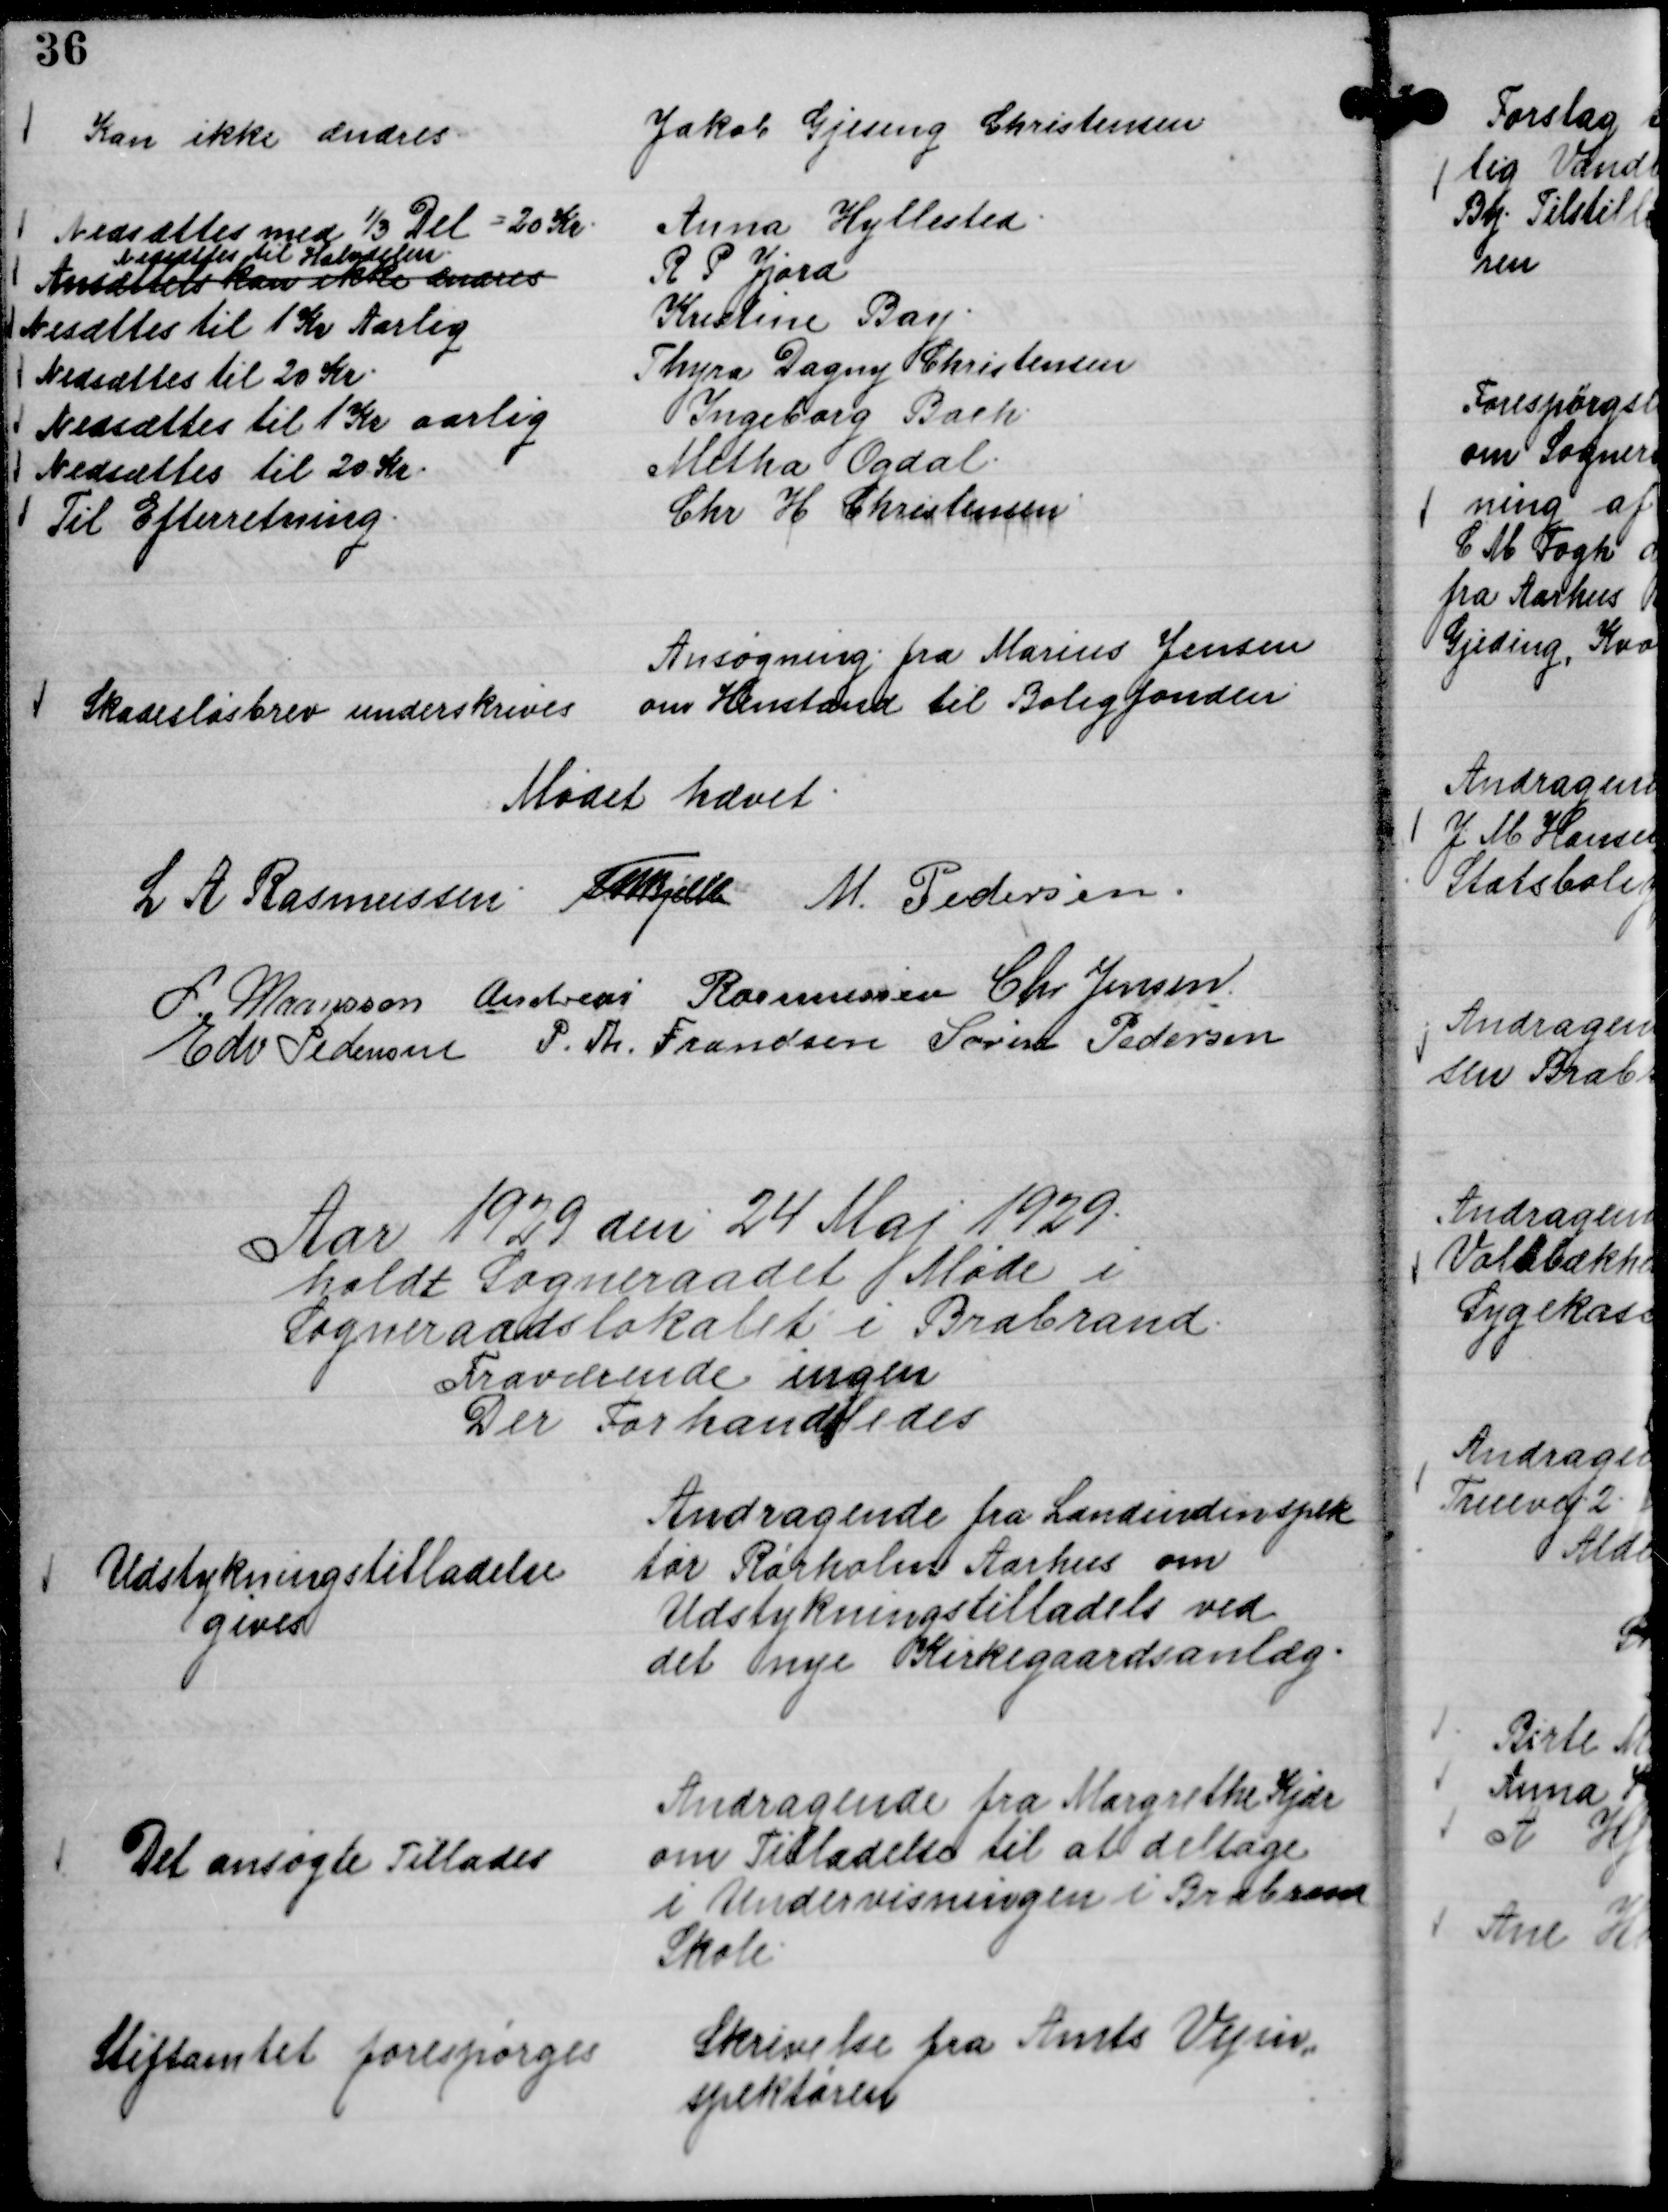
Transskription:
Jakob Gjesing Christensen
Kan ikke ændres
Anna Hyllested
Nedsættes med ⅓ Del = 20 Kr.
R. P. Jjord
Ansættels kan ikke ændres
Nedsættes til Halvdelen.
Kristine Bay.
Nedsættes til 1 Kr Aarlig
Thyra Dagny Christensen
Nedsættes til 20 Kr.
Ingeborg Bach.
Nedsættes til 1 Kr aarlig
Metha Ogdal.
Nedsættes til 20 Kr.
Chr H Christensen
Til Efterretning.

Ansøgning fra Marius Jensen
om Henstand til Boligfonden

Skadesløsbrev underskrives

Mødet hævet.
L A Rasmussen.
Th Bjelke
M. Pedersen.
L. Maansson
Andreas Rasmussen
Chr. Jensen.
Edv Pedersen
P. Th. Frandsen
Søren Pedersen

Aar 1929 den 24 Maj 1929.
holdt Sogneraadet Møde i
Sogneraadslokalet i Brabrand.
Fraværende ingen
Der Forhandledes

Andragende fra Landindinspek
tør Rørholm Aarhus om
Udstykningstilladels ved
det nye Kirkegaardsanlæg.

Udstykningstilladelse
gives

Andragende fra Margrethe Kjær
om Tilladelse til at deltage
i Undervisningen i Brabrand
Skole.

Det ansøgte Tillades

Skrivelse fra Amts Vejin,,
spektøren

Stiftamtet forespørges